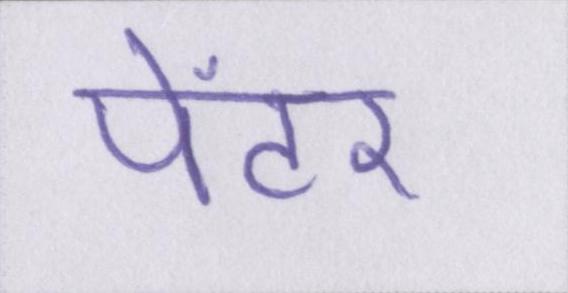
पेंटर